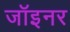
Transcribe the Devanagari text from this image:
जॉइनर